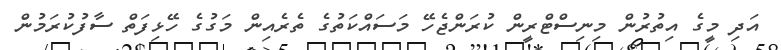
އަދި މީގެ އިތުރުން މިނިސްޓްރީން ކުރަންޖެހޭ މަސައްކަތުގެ ތެރެއިން މަގުގެ ހޭޅިފަތް ސާފުކުރަމުން